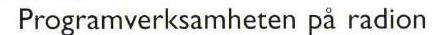
 Programverksamheten på radion